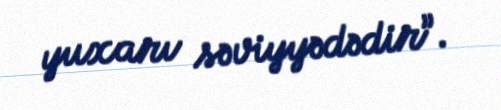
yuxarı səviyyədədir”.